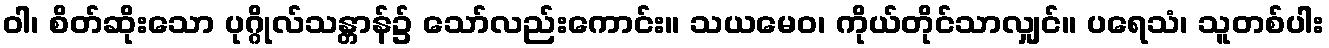
ဝါ၊ စိတ်ဆိုးသော ပုဂ္ဂိုလ်သန္တာန်၌ သော်လည်းကောင်း။ သယမေဝ၊ ကိုယ်တိုင်သာလျှင်။ ပရေသံ၊ သူတစ်ပါး